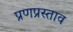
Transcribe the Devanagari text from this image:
प्रणप्रस्ताव